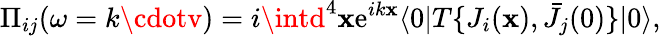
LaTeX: \Pi_{ij}(\omega=k\cdotv)=i\intd^{4}\mathbf{x}\mathrm{e}^{ik\mathbf{x}}\langle0|T\{ J_{i}(\mathbf{x}),\bar{{J}}_{j}(0)\} |0\rangle,